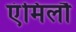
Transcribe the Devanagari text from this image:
एंमिलौ